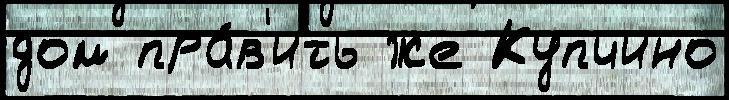
дом пра́в'ить же Купчино